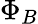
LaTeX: \Phi_{B}